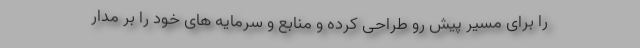
را برای مسیر پیش رو طراحی کرده و منابع و سرمایه های خود را بر مدار